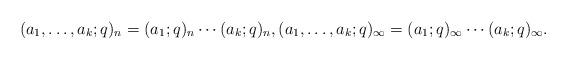
LaTeX: \begin{align*}(a_1,\ldots,a_k;q)_n = (a_1;q)_n\cdots (a_k;q)_n,(a_1,\ldots,a_k;q)_{\infty} = (a_1;q)_{\infty} \cdots (a_k;q)_{\infty}.\end{align*}